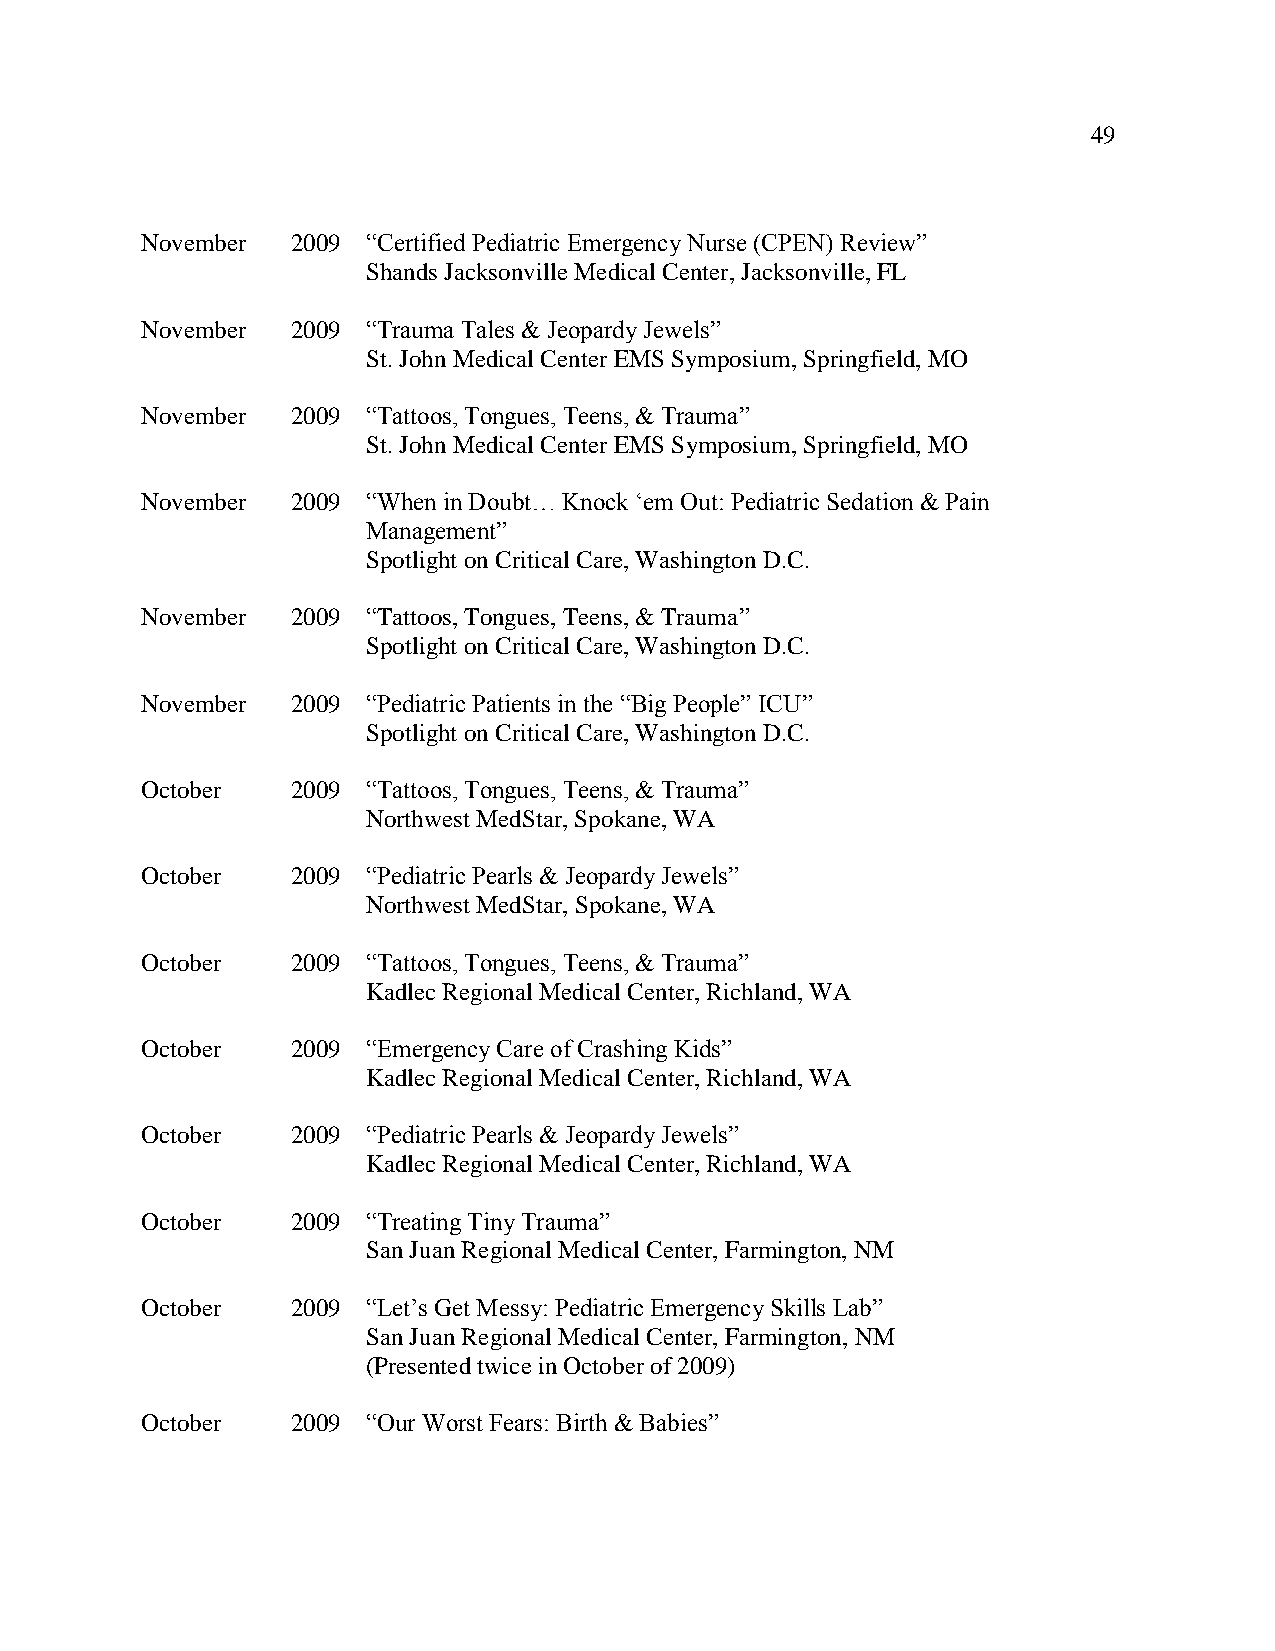
49
 November  2009 “Certified Pediatric Emergency Nurse (CPEN) Review”
 Shands Jacksonville Medical Center, Jacksonville, FL
 November  2009 “Trauma Tales & Jeopardy Jewels”
 St. John Medical Center EMS Symposium, Springfield, MO
 November  2009 “Tattoos, Tongues, Teens, & Trauma”
 St. John Medical Center EMS Symposium, Springfield, MO
 November  2009 “When in Doubt… Knock ‘em Out: Pediatric Sedation & Pain
 Management”
 Spotlight on Critical Care, Washington D.C.
 November  2009 “Tattoos, Tongues, Teens, & Trauma”
 Spotlight on Critical Care, Washington D.C.
 November  2009 “Pediatric Patients in the “Big People” ICU”
 Spotlight on Critical Care, Washington D.C.
 October   2009 “Tattoos, Tongues, Teens, & Trauma”
 Northwest MedStar, Spokane, WA
 October   2009 “Pediatric Pearls & Jeopardy Jewels”
 Northwest MedStar, Spokane, WA
 October   2009 “Tattoos, Tongues, Teens, & Trauma”
 Kadlec Regional Medical Center, Richland, WA
 October   2009 “Emergency Care of Crashing Kids”
 Kadlec Regional Medical Center, Richland, WA
 October   2009 “Pediatric Pearls & Jeopardy Jewels”
 Kadlec Regional Medical Center, Richland, WA
 October   2009 “Treating Tiny Trauma”
 San Juan Regional Medical Center, Farmington, NM
 October   2009 “Let’s Get Messy: Pediatric Emergency Skills Lab”
 San Juan Regional Medical Center, Farmington, NM
 (Presented twice in October of 2009)
 October   2009 “Our Worst Fears: Birth & Babies”